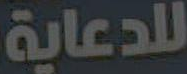
للدعاية